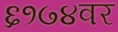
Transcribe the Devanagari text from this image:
६१७४वर